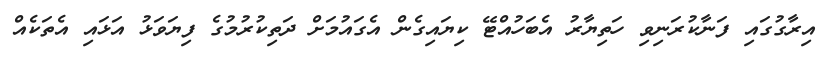
އިރާގުގައި ފަނާކުރަނިވި ހަތިޔާރު އެބަހުއްޓޭ ކިޔައިގެން އެގައުމަށް ދަތިކުރުމުގެ ފިޔަވަޅު އަޅައި އެތަކެއް